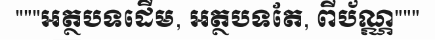
"""អត្ថបទដើម, អត្ថបទតែ, ពីប័ណ្ណ"""